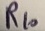
Text: R10